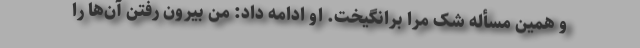
و همین مسأله شک مرا برانگیخت. او ادامه داد: من بیرون رفتن آن‌ها را